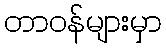
တာဝန်များမှာ